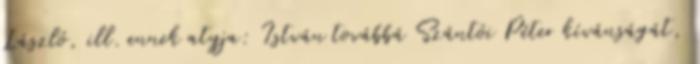
László, ill. ennek atyja: István továbbá Szántói Péter kívánságát,